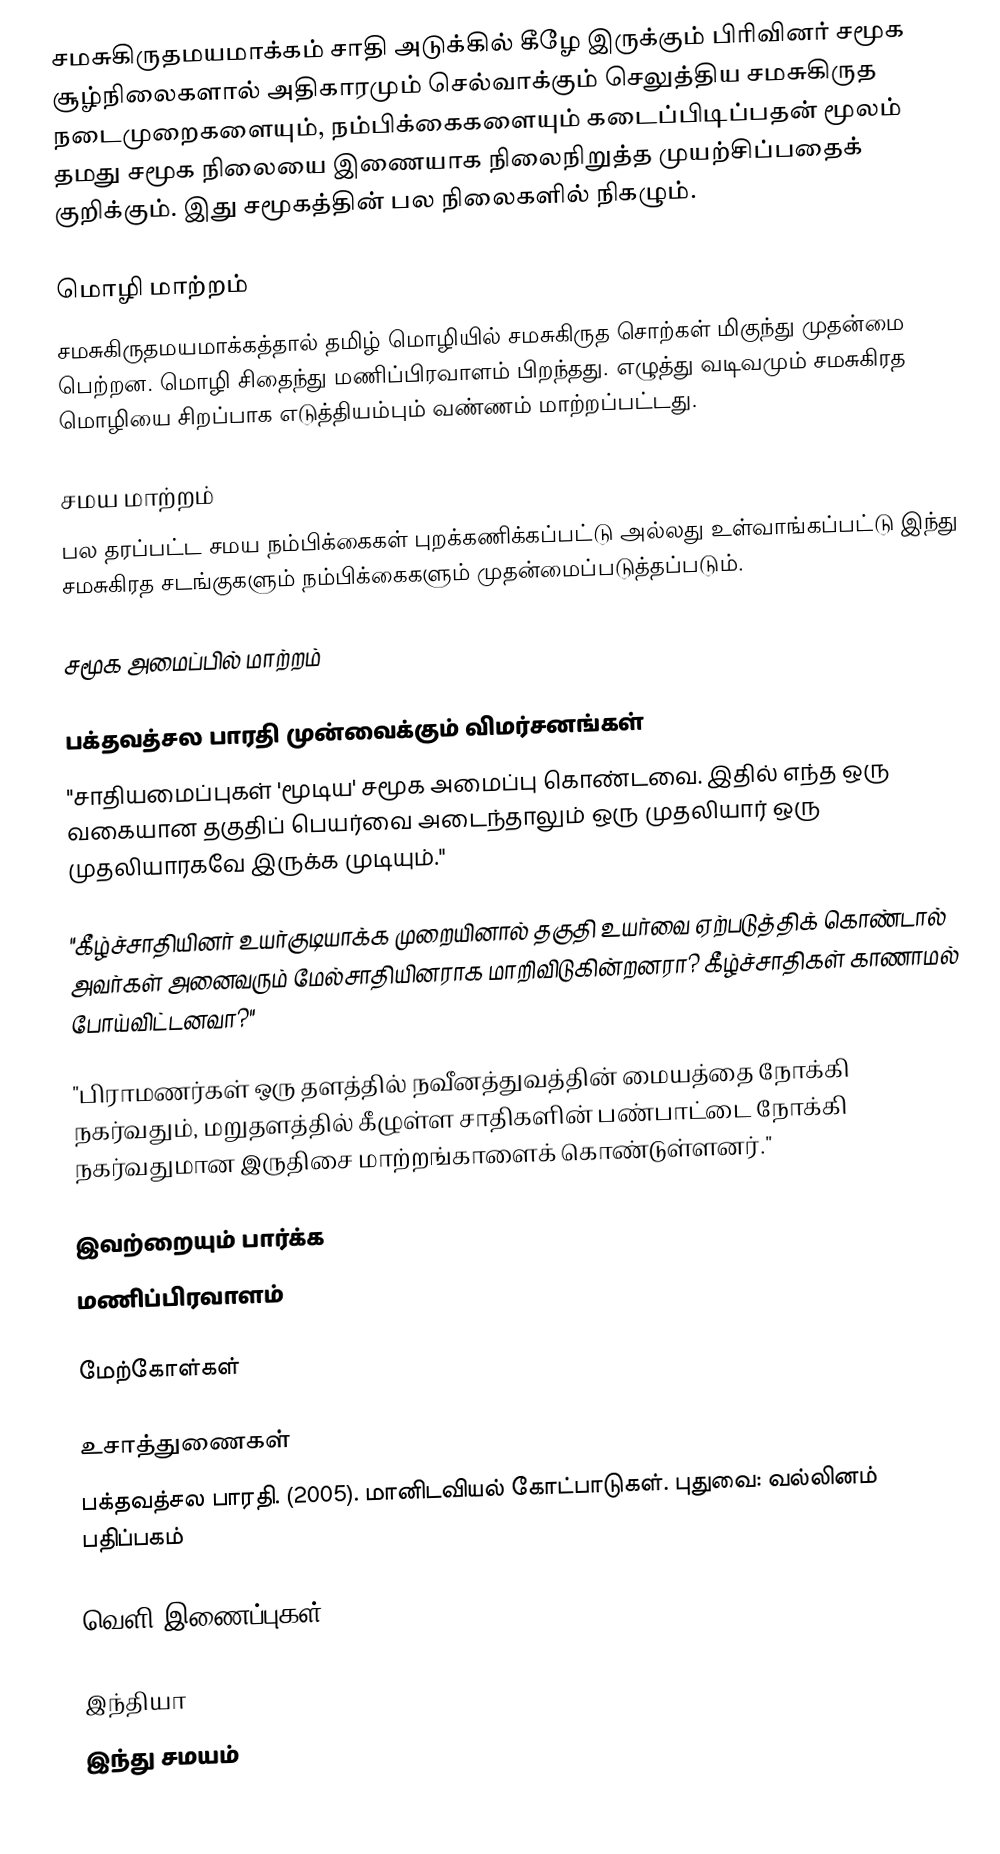
சமசுகிருதமயமாக்கம் சாதி அடுக்கில் கீழே இருக்கும் பிரிவினர் சமூக சூழ்நிலைகளால் அதிகாரமும் செல்வாக்கும் செலுத்திய சமசுகிருத நடைமுறைகளையும், நம்பிக்கைகளையும் கடைப்பிடிப்பதன் மூலம் தமது சமூக நிலையை இணையாக நிலைநிறுத்த முயற்சிப்பதைக் குறிக்கும்.  இது சமூகத்தின் பல நிலைகளில் நிகழும்.

மொழி மாற்றம்
சமசுகிருதமயமாக்கத்தால் தமிழ் மொழியில் சமசுகிருத சொற்கள் மிகுந்து முதன்மை பெற்றன.  மொழி சிதைந்து மணிப்பிரவாளம் பிறந்தது.  எழுத்து வடிவமும் சமசுகிரத மொழியை சிறப்பாக எடுத்தியம்பும் வண்ணம் மாற்றப்பட்டது.

சமய மாற்றம்
பல தரப்பட்ட சமய நம்பிக்கைகள் புறக்கணிக்கப்பட்டு அல்லது உள்வாங்கப்பட்டு இந்து சமசுகிரத சடங்குகளும் நம்பிக்கைகளும் முதன்மைப்படுத்தப்படும்.

சமூக அமைப்பில் மாற்றம்

பக்தவத்சல பாரதி முன்வைக்கும் விமர்சனங்கள்
 "சாதியமைப்புகள் 'மூடிய' சமூக அமைப்பு கொண்டவை.  இதில் எந்த ஒரு வகையான தகுதிப் பெயர்வை அடைந்தாலும் ஒரு முதலியார் ஒரு முதலியாரகவே இருக்க முடியும்."

 "கீழ்ச்சாதியினர் உயர்குடியாக்க முறையினால் தகுதி உயர்வை ஏற்படுத்திக் கொண்டால் அவர்கள் அனைவரும் மேல்சாதியினராக மாறிவிடுகின்றனரா?  கீழ்ச்சாதிகள் காணாமல் போய்விட்டனவா?"

 "பிராமணர்கள் ஒரு தளத்தில் நவீனத்துவத்தின் மையத்தை நோக்கி நகர்வதும், மறுதளத்தில் கீழுள்ள சாதிகளின் பண்பாட்டை நோக்கி நகர்வதுமான இருதிசை மாற்றங்காளைக் கொண்டுள்ளனர்."

இவற்றையும் பார்க்க
 மணிப்பிரவாளம்

மேற்கோள்கள்

உசாத்துணைகள்
 பக்தவத்சல பாரதி. (2005). மானிடவியல் கோட்பாடுகள். புதுவை: வல்லினம் பதிப்பகம்

வெளி இணைப்புகள்

இந்தியா
இந்து சமயம்